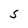
Character: s